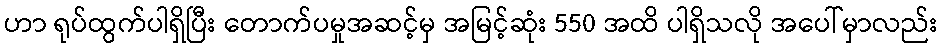
ဟာ ရုပ်ထွက်ပါရှိပြီး တောက်ပမှုအဆင့်မှ အမြင့်ဆုံး 550 အထိ ပါရှိသလို အပေါ်မှာလည်း